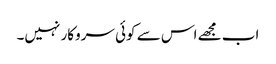
اب مجھے اس سے کوئی سروکار نہیں۔